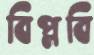
বিপ্লবি